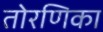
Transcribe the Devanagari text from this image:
तोरणिका